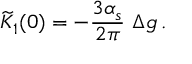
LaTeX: \widetilde { \cal K } _ { 1 } ( 0 ) = - { \frac { 3 \alpha _ { s } } { 2 \pi } } ~ \Delta g \, .